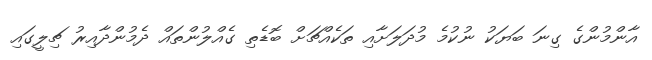
އާންމުންގެ ގިނަ ބަޔަކު ނުކުމެ މުދަލަށާއި ތަކެއްޗަށް ބޮޑެތި ގެއްލުންތައް ދެމުންދާއިރު ޗިލީގައި